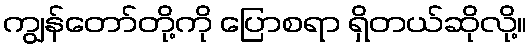
ကျွန်တော်တို့ကို ပြောစရာ ရှိတယ်ဆိုလို့။